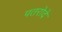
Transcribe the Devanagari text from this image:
पतरोदे